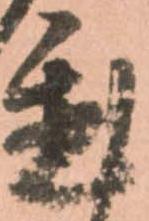
置